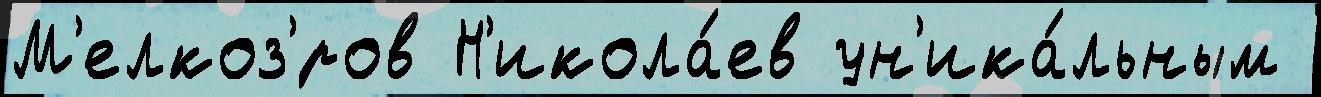
М'елкоз'́ров Н'икола́ев ун'ика́льным